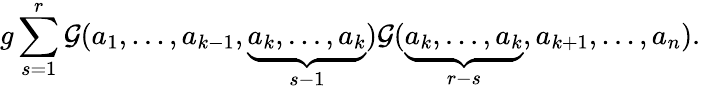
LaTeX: g\sum_{s=1}^{r}{{\cal G}}(a_{1},...,a_{k-1},\underbrace{a_{k},...,a_{k}}_{s-1}){{\cal G}}(\underbrace{a_{k},...,a_{k}}_{r-s},a_{k+1},...,a_{n}).